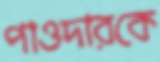
পাওদারকে